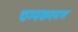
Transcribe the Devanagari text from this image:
चम्पकरमण